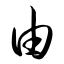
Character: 由